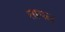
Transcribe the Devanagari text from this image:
तायल्